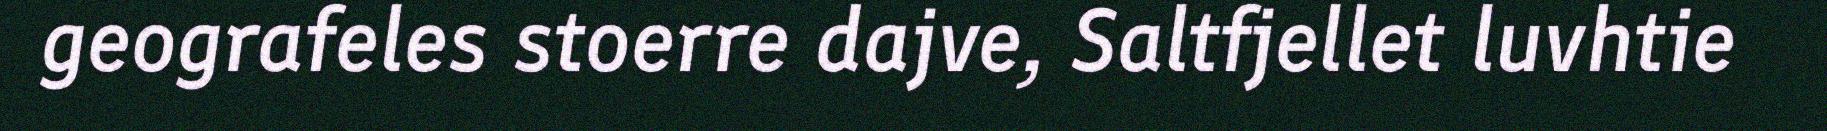
geografeles stoerre dajve, Saltfjellet luvhtie